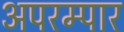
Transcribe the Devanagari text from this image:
अपरम्पार